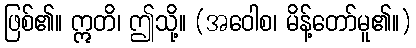
ဖြစ်၏။ ဣတိ၊ ဤသို့။ (အဝေါစ၊ မိန့်တော်မူ၏။)